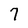
Character: 7